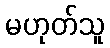
မဟုတ်သူ